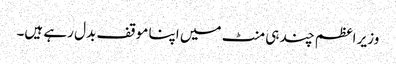
وزیر اعظم چند ہی منٹ میں اپنا موقف بدل رہے ہیں۔